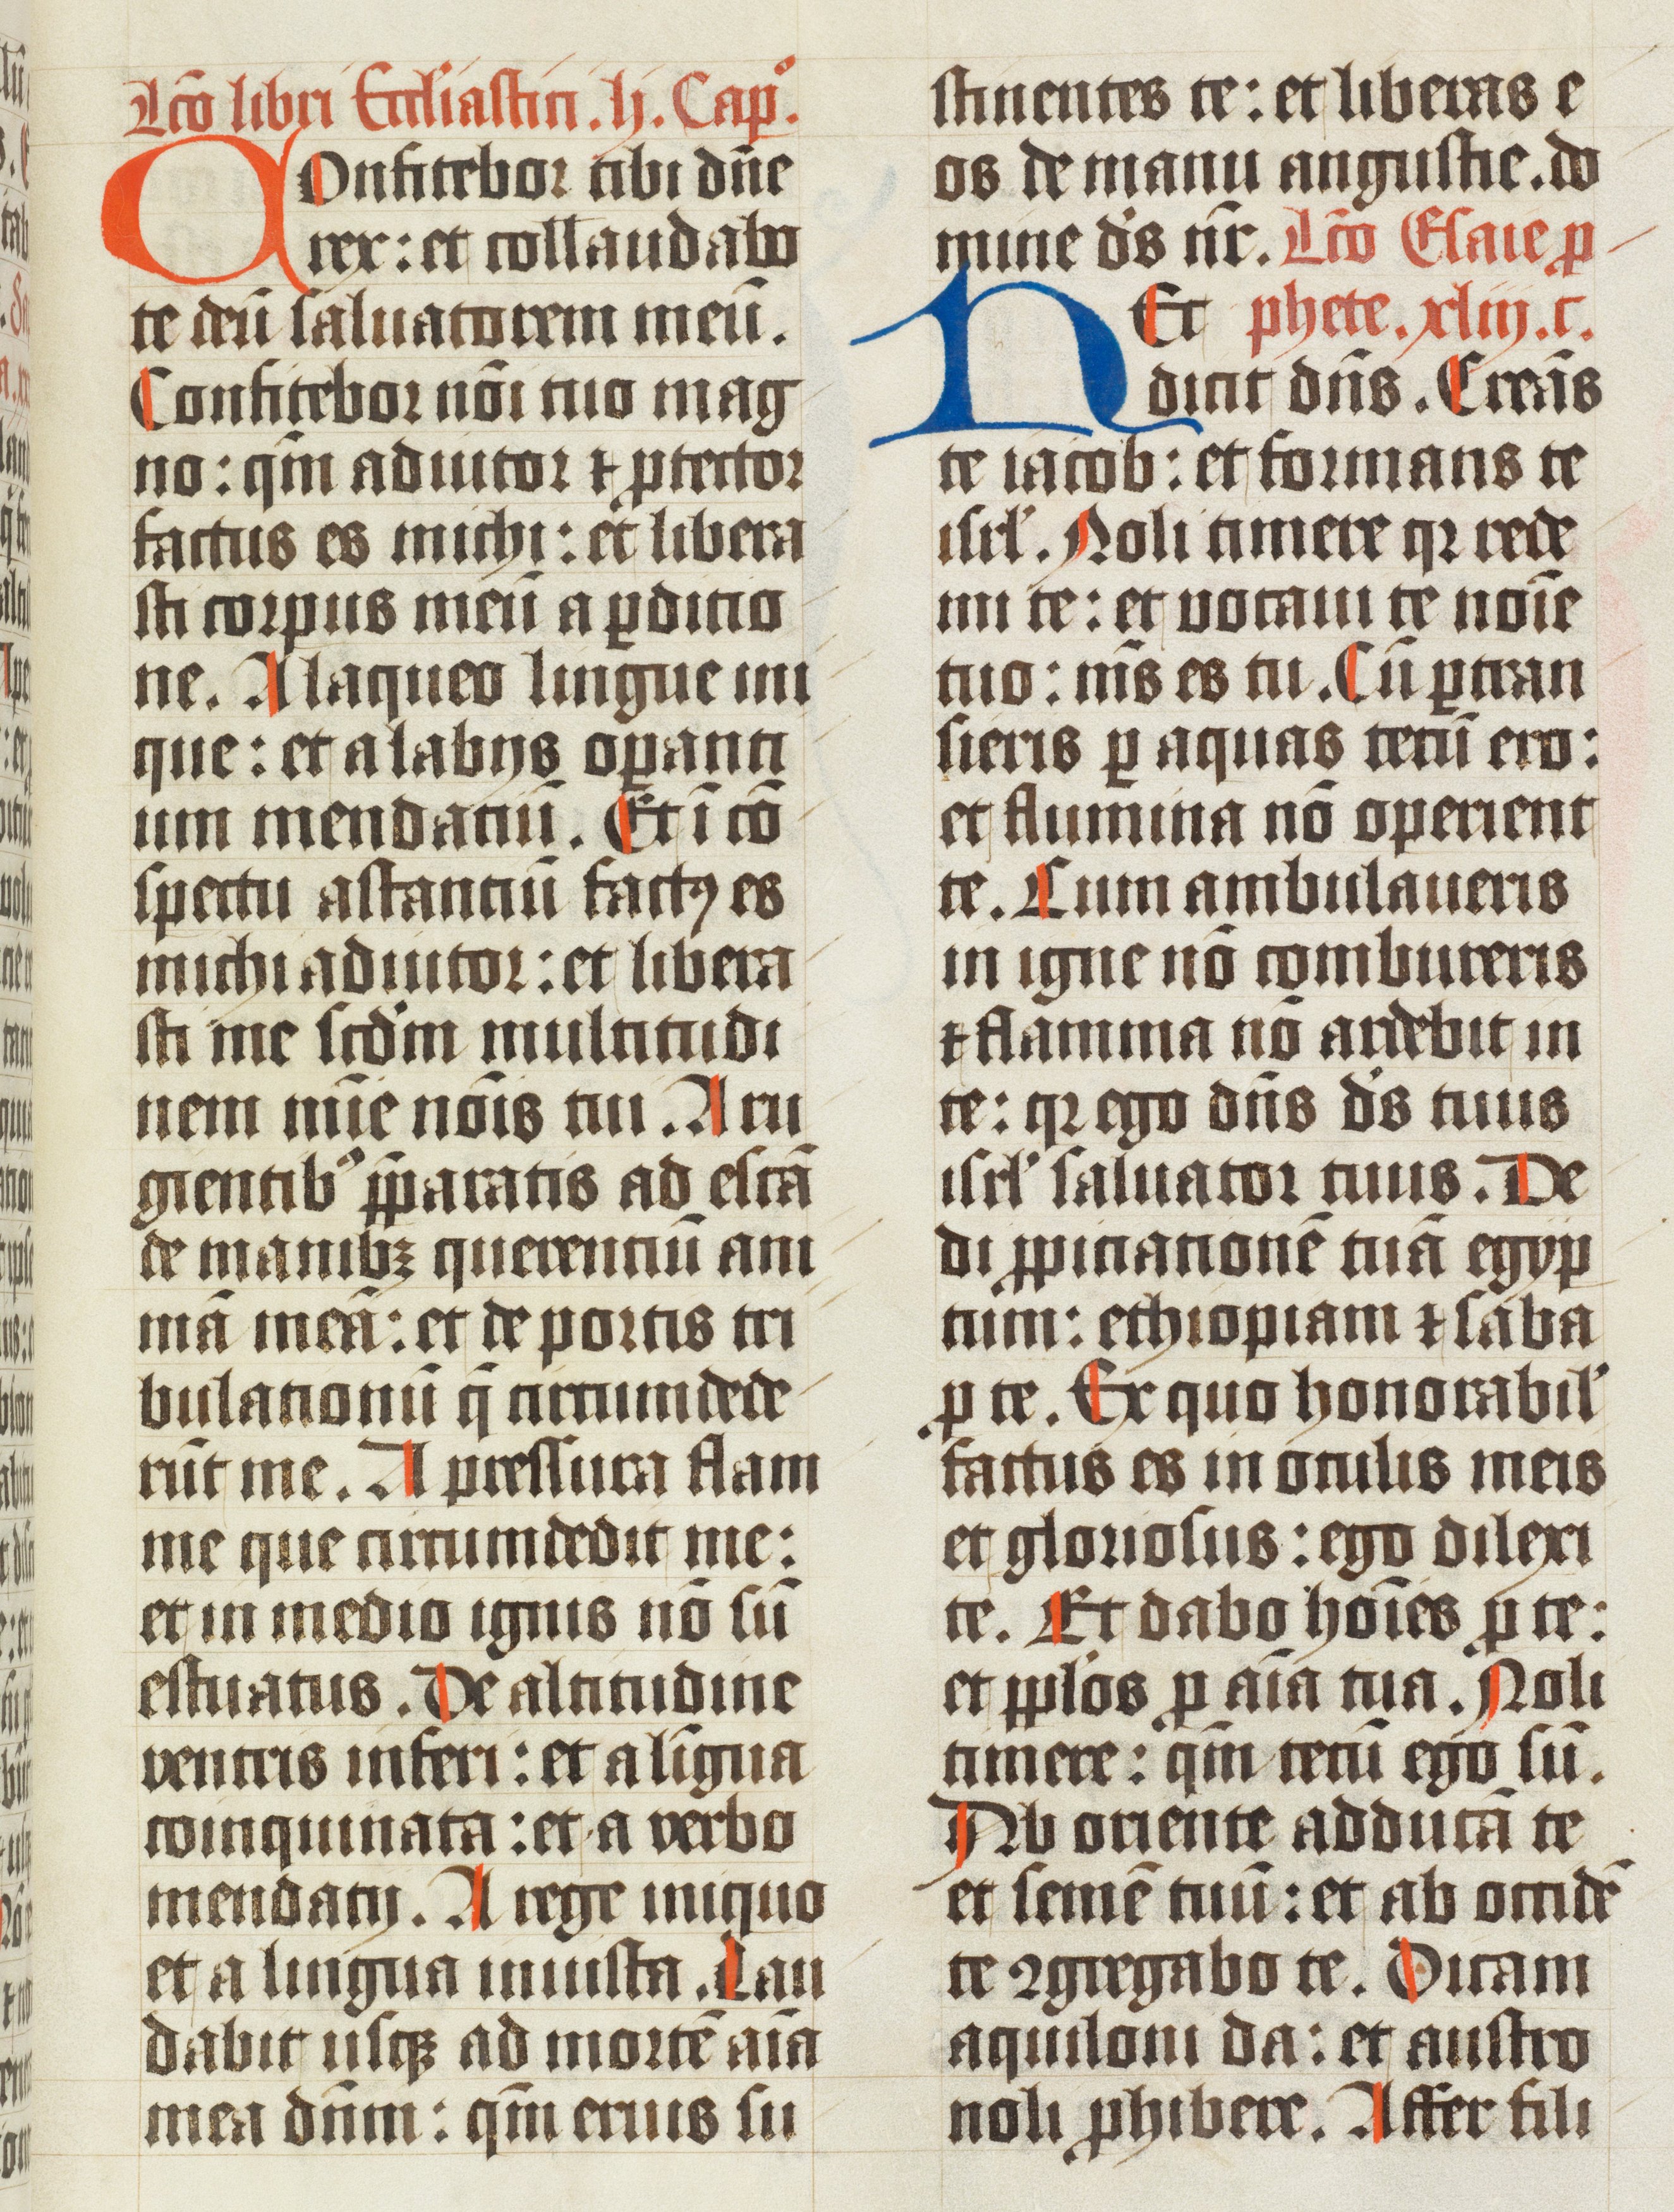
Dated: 1502–1527